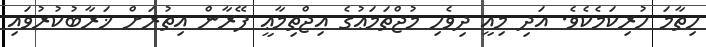
ހިތާމަ ހުރިކަމެކެވެ. އަދި މިއީ ދިވެހި މުޖްތަމަޢުގެ އިޖްތިމާޢީ ފޭރާން އިތުރަށް ޚަރާބުކުރުވައި